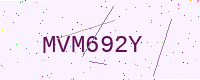
Text: MVM692Y